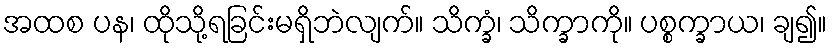
အထစ ပန၊ ထိုသို့ရခြင်းမရှိဘဲလျက်။ သိက္ခံ၊ သိက္ခာကို။ ပစ္စက္ခာယ၊ ချ၍။